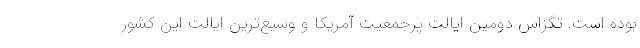
بوده است. تگزاس دومین ایالت پرجمعیت آمریکا و وسیع‌ترین ایالت این کشور